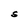
Character: S